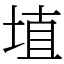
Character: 埴